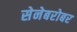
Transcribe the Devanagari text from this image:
सेनेबरोबर